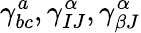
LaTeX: \gamma_{bc}^{a},\gamma_{IJ}^{\alpha},\gamma_{\beta J}^{\alpha}